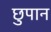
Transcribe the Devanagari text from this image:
छुपान